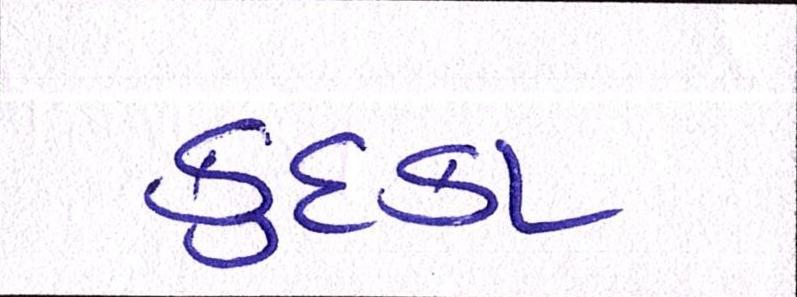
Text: કુદકા